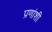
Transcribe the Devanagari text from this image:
प्रणांशी